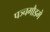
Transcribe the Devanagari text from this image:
पञ्चगौडमे